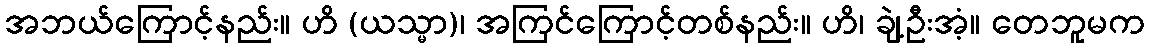
အဘယ်ကြောင့်နည်း။ ဟိ (ယသ္မာ)၊ အကြင်ကြောင့်တစ်နည်း။ ဟိ၊ ချဲ့ဦးအံ့။ တေဘူမက